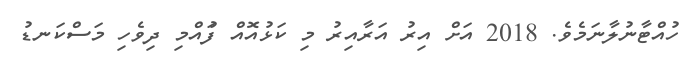
ހުއްޓާނުލާނަމެވެ. 2018 އަށް އިރު އަރާއިރު މި ކަޅުއޮއް ފުައްމި ދިވެހި މަސްކަނޑު